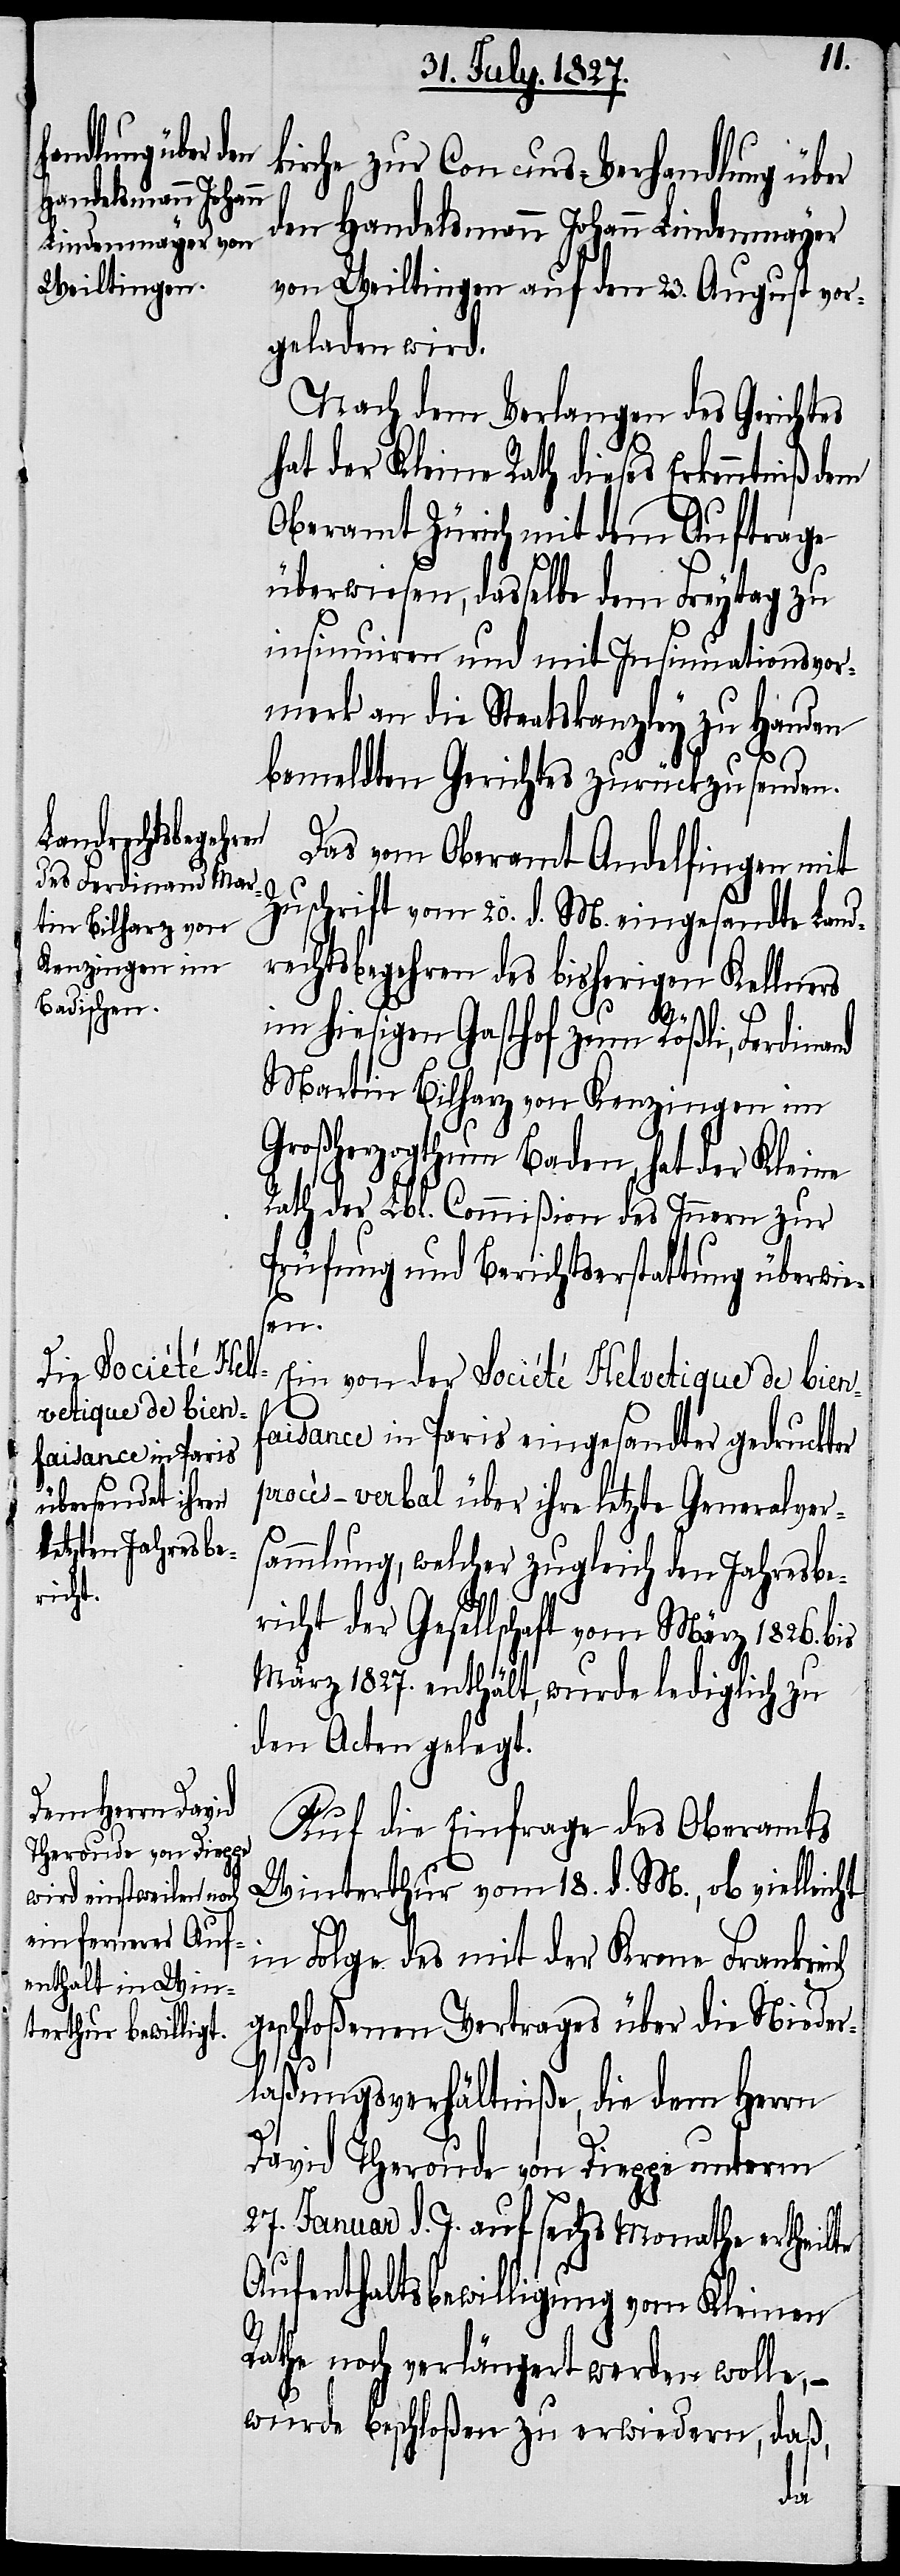
kirche zur Concurs-Verhandlung über
den Handelsmann Johann Lindenmayer
von Weiltingen auf den 23. August vor¬
geladen wird.
Nach dem Verlangen des Gerichtes
hat der Kleine Rath dieses Erkenntniß dem
Oberamt Zürich mit dem Auftrage
überwiesen, dasselbe dem Freytag zu
insinuiren und mit Insinuationsver¬
merk an die Staatskanzley zu Handen
bemeldten Gerichtes zurückzusenden.
Das vom Oberamt Andelfingen mit
Zuschrift vom 20. d. M. eingesandte Land¬
rechtsbegehren des bisherigen Kellners
im hiesigen Gasthof zum Rößli, Ferdinand
Martin Bilharz von Kenzingen im
Großherzogthum Baden, hat der Kleine
Rath der Lbl. Commißion des Innern zur
Prüfung und Berichtserstattung überwie¬
sen.
Ein von der Société Helvetique de Bien¬
faisance in Paris eingesandter gedruckter
procès-verbal über ihre letzte Generalver¬
sammlung, welcher zugleich den Jahresbe¬
richt der Gesellschaft vom März 1826. bis
März 1827. enthält, wurde lediglich zu
den Acten gelegt.
Auf die Einfrage des Oberamtes
Winterthur vom 18. d. M., ob vielleicht
in Folge des mit der Krone Frankreich
geschloßenen Vertrages über die Nieder¬
laßungsverhältniße, die dem Herrn
David Theronde von Dieppe unterm
27. Januar d. J. auf sechs Monathe ertheilte
Aufenthaltsbewilligung vom Kleinen
Rathe noch verlängert werden wolle, –
wurde beschloßen zu erwiedern, daß,